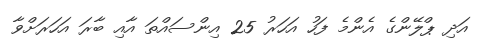
އަދި ޕްލޭންގެ އެންމެ ފަހު އަހަރު 25 އިންސައްތަ އާއި ބާރަ އަހަރަށްވާ